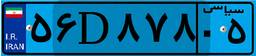
۲۷D۹۸۲۰۰